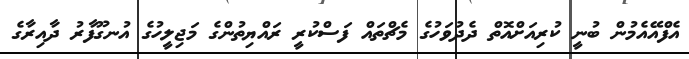
އެފްއޭއެމުން ބުނީ ކުރިއަށްއޮތް ދެދުވަހުގެ މެޗްތައް ފަސްކުރީ ރައްޔިތުންގެ މަޖިލީހުގެ އުނގޫފާރު ދާއިރާގެ